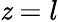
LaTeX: \mathit{z}=l